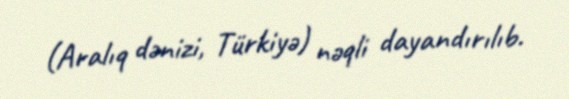
(Aralıq dənizi, Türkiyə) nəqli dayandırılıb.